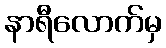
နာရီလောက်မှ